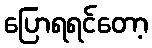
ပြောရရင်တော့